Punjab Mental Hospital Lahore 1922-31 - 1922-1931
Year: 1922
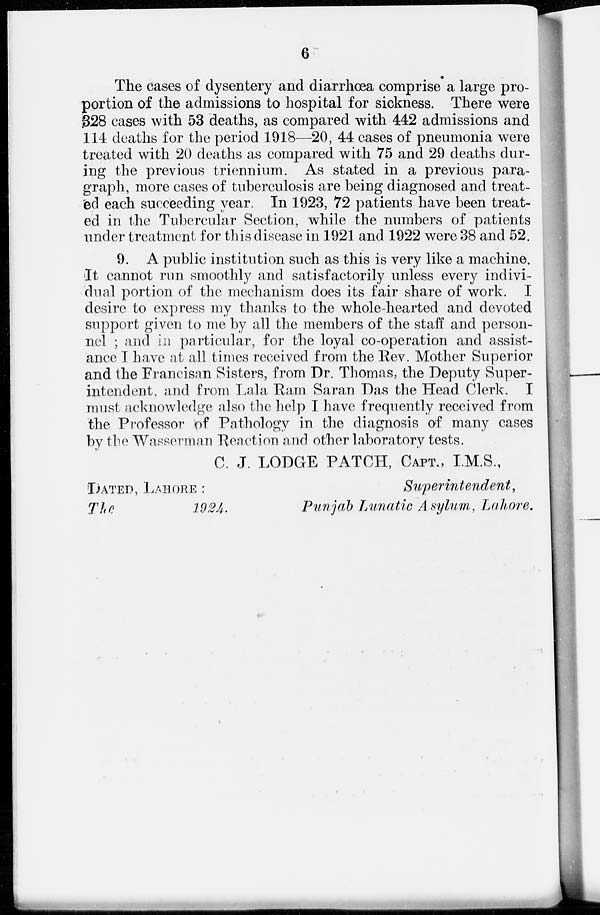
6
The cases of dysentery and diarrhoea comprise a large pro-
portion of the admissions to hospital for sickness. There were
328 cases with 53 deaths, as compared with 442 admissions and
114 deaths for the period 1918—20, 44 cases of pneumonia were
treated with 20 deaths as compared with 75 and 29 deaths dur-
ing the previous triennium. As stated in a previous para-
graph, more cases of tuberculosis are being diagnosed and treat-
ed each succeeding year. In 1923, 72 patients have been treat-
ed in the Tubercular Section, while the numbers of patients
under treatment for this disease in 1921 and 1922 were 38 and 52.
9. A public institution such as this is very like a machine.
It cannot run smoothly and satisfactorily unless every indivi-
dual portion of the mechanism does its fair share of work. I
desire to express my thanks to the whole-hearted and devoted
support given to me by all the members of the staff and person-
nel ; and in particular, for the loyal co-operation and assist-
ance I have at all times received from the Rev. Mother Superior
and the Francisan Sisters, from Dr. Thomas, the Deputy Super-
intendent, and from Lala Ram Saran Das the Head Clerk. I
must acknowledge also the help I have frequently received from
the Professor of Pathology in the diagnosis of many cases
by the Wasserman Reaction and other laboratory tests.
C. J. LODGE PATCH, CAPT., I.M.S.,
DATED, LAHORE :
Superintendent,
The
1924.
Punjab Lunatic Asylum, Lahore.